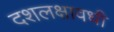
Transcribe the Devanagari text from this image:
दशलक्षावधी